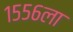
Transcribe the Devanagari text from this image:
१५५६ला